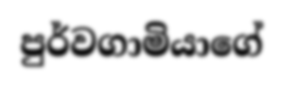
පුර්වගාමියාගේ